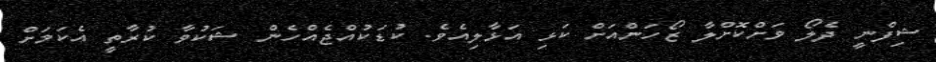
ޝިފްނީ ދެލޯ ވަށްކޮށްލާ ޒޯހަންއަށް ކަޅި އަޅާލިއެވެ. ކުޑަކުއްޖެއްހެން ޝަކުވާ ކުރާތީ އެކަމަށް